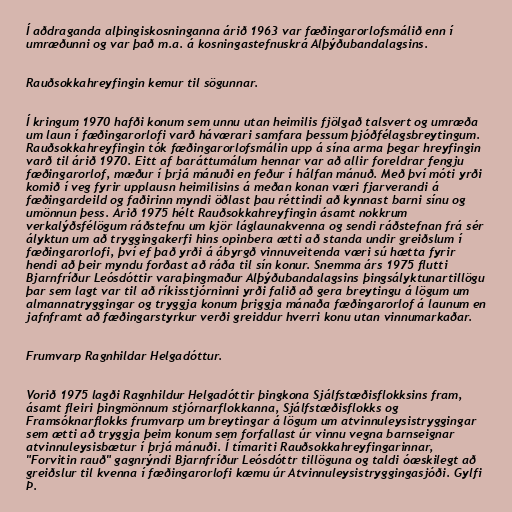
Í aðdraganda alþingiskosninganna árið 1963 var fæðingarorlofsmálið enn í
umræðunni og var það m.a. á kosningastefnuskrá Alþýðubandalagsins.

Rauðsokkahreyfingin kemur til sögunnar.

Í kringum 1970 hafði konum sem unnu utan heimilis fjölgað talsvert og umræða
um laun í fæðingarorlofi varð háværari samfara þessum þjóðfélagsbreytingum.
Rauðsokkahreyfingin tók fæðingarorlofsmálin upp á sína arma þegar hreyfingin
varð til árið 1970. Eitt af baráttumálum hennar var að allir foreldrar fengju
fæðingarorlof, mæður í þrjá mánuði en feður í hálfan mánuð. Með því móti yrði
komið í veg fyrir upplausn heimilisins á meðan konan væri fjarverandi á
fæðingardeild og faðirinn myndi öðlast þau réttindi að kynnast barni sínu og
umönnun þess. Árið 1975 hélt Rauðsokkahreyfingin ásamt nokkrum
verkalýðsfélögum ráðstefnu um kjör láglaunakvenna og sendi ráðstefnan frá sér
ályktun um að tryggingakerfi hins opinbera ætti að standa undir greiðslum í
fæðingarorlofi, því ef það yrði á ábyrgð vinnuveitenda væri sú hætta fyrir
hendi að þeir myndu forðast að ráða til sín konur. Snemma árs 1975 flutti
Bjarnfríður Leósdóttir varaþingmaður Alþýðubandalagsins þingsályktunartillögu
þar sem lagt var til að ríkisstjórninni yrði falið að gera breytingu á lögum um
almannatryggingar og tryggja konum þriggja mánaða fæðingarorlof á launum en
jafnframt að fæðingarstyrkur verði greiddur hverri konu utan vinnumarkaðar.

Frumvarp Ragnhildar Helgadóttur.

Vorið 1975 lagði Ragnhildur Helgadóttir þingkona Sjálfstæðisflokksins fram,
ásamt fleiri þingmönnum stjórnarflokkanna, Sjálfstæðisflokks og
Framsóknarflokks frumvarp um breytingar á lögum um atvinnuleysistryggingar
sem ætti að tryggja þeim konum sem forfallast úr vinnu vegna barnseignar
atvinnuleysisbætur í þrjá mánuði. Í tímariti Rauðsokkahreyfingarinnar,
"Forvitin rauð" gagnrýndi Bjarnfríður Leósdóttr tillöguna og taldi óæskilegt að
greiðslur til kvenna í fæðingarorlofi kæmu úr Atvinnuleysistryggingasjóði. Gylfi
Þ.